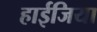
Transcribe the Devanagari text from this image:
हाईजिया